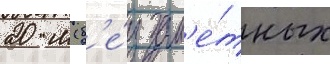
20 м (б'е́з зам'е́тных